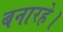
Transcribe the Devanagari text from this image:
बनारहे।